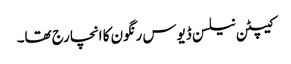
کیپٹن نیلسن ڈیوس رنگون کا انچارج تھا۔